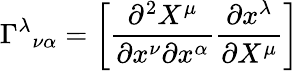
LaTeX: \Gamma^{\lambda}{}_{\nu\alpha}=\left[{\frac{\partial^{2}X^{\mu}}{\partial x^{\nu}\partial x^{\alpha}}}{\frac{\partial x^{\lambda}}{\partial X^{\mu}}}\right]